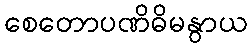
စေတောပဏိဓိမနွာယ